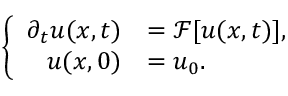
\left\{ \begin{array} { r l } { \partial _ { t } u ( x , t ) } & { = \mathcal { F } [ u ( x , t ) ] , } \\ { u ( x , 0 ) } & { = u _ { 0 } . } \end{array} \right.